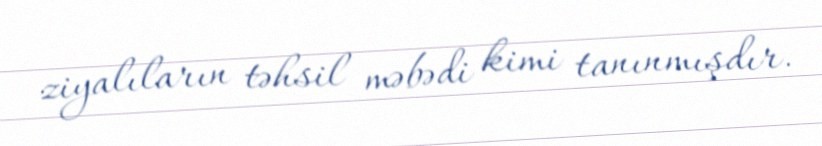
ziyalıların təhsil məbədi kimi tanınmışdır.